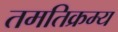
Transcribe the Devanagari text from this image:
तमतिक्रम्य